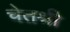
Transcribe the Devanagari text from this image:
चेतश्री